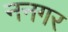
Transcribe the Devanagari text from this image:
ननगर